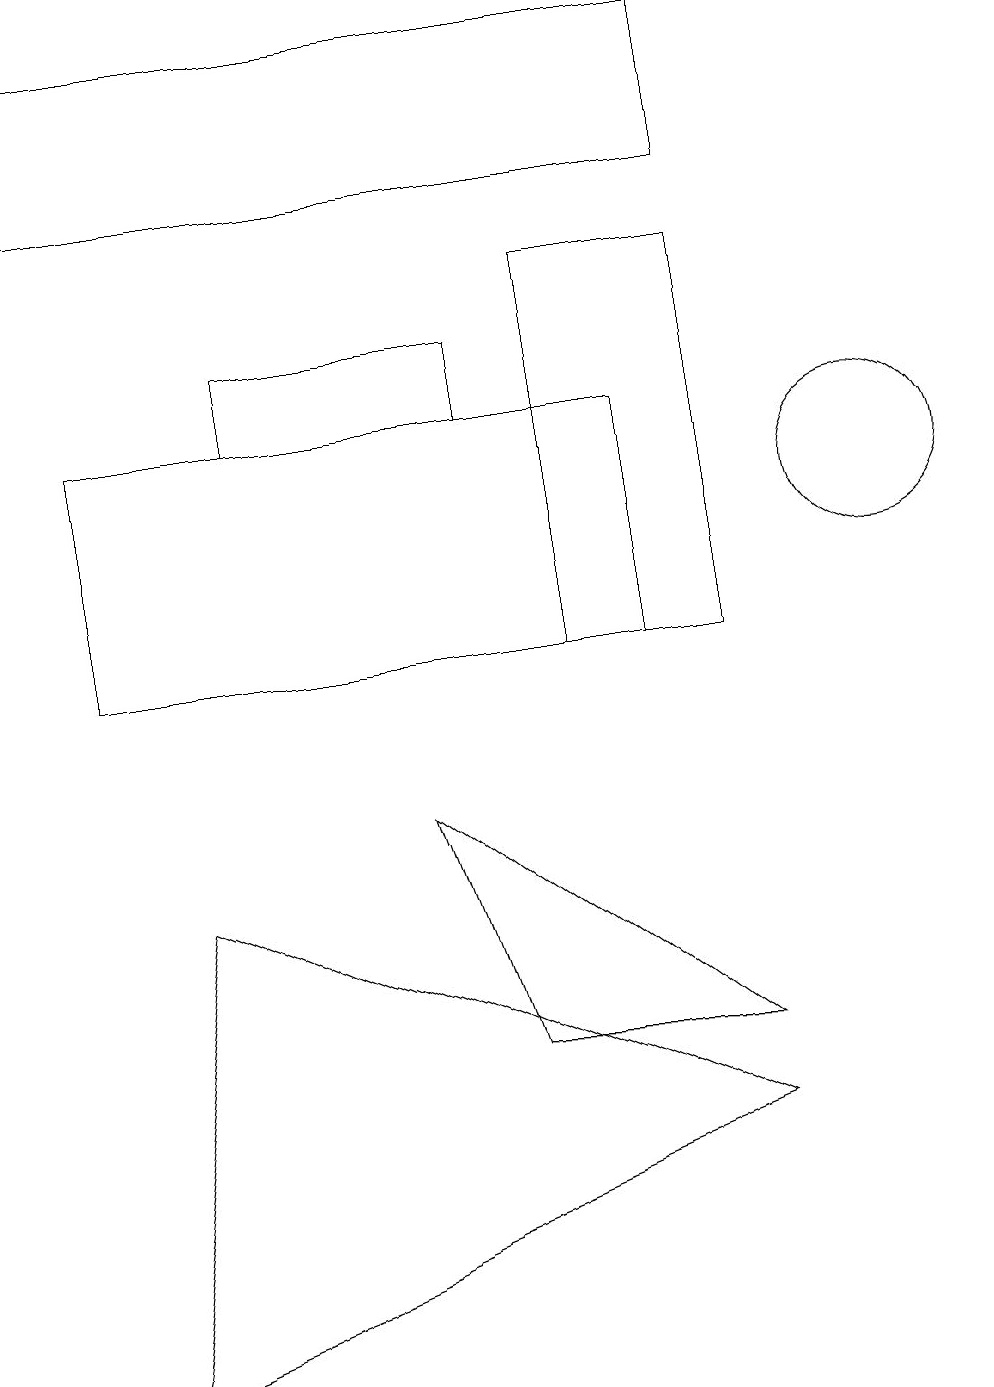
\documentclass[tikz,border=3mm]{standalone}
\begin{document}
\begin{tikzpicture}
\draw (8,10) rectangle (1,13);
\draw (6,13) rectangle (3,14);
\draw (9,4) -- (2,7) -- (1,1) -- cycle;
\draw (9,5) -- (5,8) -- (6,5) -- cycle;
\draw (9,15) rectangle (7,10);
\draw (0,18) rectangle (9,16);
\draw (11,12) circle (1);
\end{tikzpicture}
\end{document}